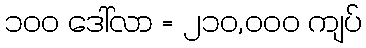
၁၀၀ ဒေါ်လာ = ၂၁၀,၀၀၀ ကျပ်